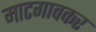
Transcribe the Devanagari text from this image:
माटगावकर